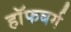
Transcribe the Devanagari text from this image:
हॉफबर्ग